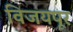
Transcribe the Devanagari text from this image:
विजयपूर